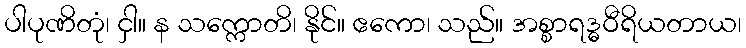
ပါပုဏိတုံ၊ ငှါ။ န သက္ကောတိ၊ နိုင်။ ဧကော၊ သည်။ အစ္စာရဒ္ဓဝီရိယတာယ၊